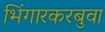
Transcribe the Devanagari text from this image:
भिंगारकरबुवा